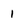
Character: 1